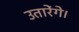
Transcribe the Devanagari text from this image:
उतारेंगे।